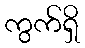
ကွက်ရှိ